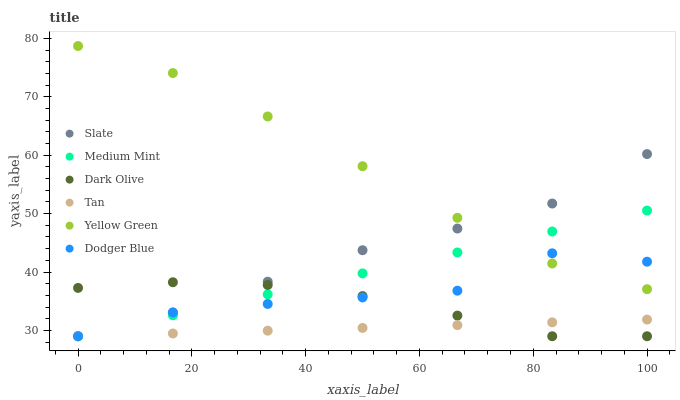
| xaxis_label | Slate | Medium Mint | Dark Olive | Tan | Yellow Green | Dodger Blue |
 | --- | --- | --- | --- | --- | --- | --- |
 | 0 | 29 | 29 | 37.3 | 29 | 78.7 | 29 |
 | 16.7 | 33.1 | 32.6 | 38.2 | 29.5 | 74.1 | 33.1 |
 | 33.3 | 38.3 | 36.2 | 37.8 | 30 | 66.6 | 34.5 |
 | 50 | 43.7 | 39.8 | 35.9 | 30.4 | 58.1 | 35.7 |
 | 66.7 | 47.4 | 43.4 | 32.5 | 30.9 | 49.3 | 36.8 |
 | 83.3 | 51.7 | 46.9 | 29 | 31.4 | 41.5 | 43.2 |
 | 100 | 60.2 | 50.5 | 29 | 31.9 | 37.1 | 41.8 |